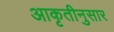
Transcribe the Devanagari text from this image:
आकृतीनुसार